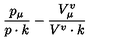
\frac { p _ { \mu } } { p \cdot k } - \frac { V _ { \mu } ^ { v } } { V ^ { v } \cdot k }